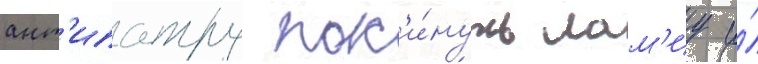
ант'ипатру пок'и́нуть лам'иу и́